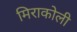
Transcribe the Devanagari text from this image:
मिराकोली